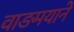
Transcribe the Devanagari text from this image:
वाङमयाने